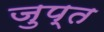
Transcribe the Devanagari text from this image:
जुप्त